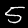
Label: 5